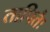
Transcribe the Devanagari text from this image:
तापितैः